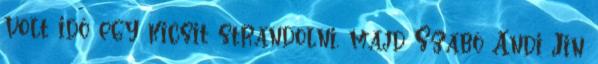
volt idő egy kicsit strandolni, majd Szabó Andi Jin